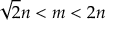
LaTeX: { \sqrt { 2 } } n < m < 2 n